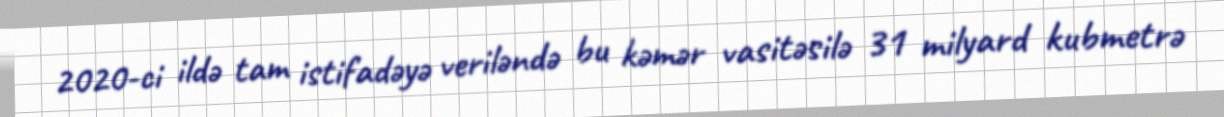
2020-ci ildə tam istifadəyə veriləndə bu kəmər vasitəsilə 31 milyard kubmetrə